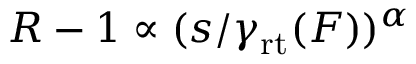
R - 1 \propto ( s / \gamma _ { \mathrm { r t } } ( F ) ) ^ { \alpha }